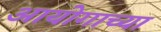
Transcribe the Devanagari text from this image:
आयोगाच्‍या